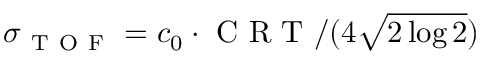
\sigma _ { \mathrm { ~ T ~ O ~ F ~ } } = c _ { 0 } \cdot \mathrm { ~ C ~ R ~ T ~ } / ( 4 \sqrt { 2 \log { 2 } } )